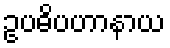
ဥပဓိပဟာနာယ